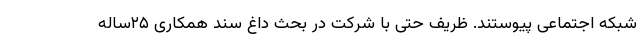
شبکه اجتماعی پیوستند. ظریف حتی با شرکت در بحث داغ سند همکاری ۲۵ساله